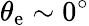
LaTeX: \theta_{\mathrm{e}}\sim0^{\circ}